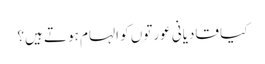
کیا قادیانی عورتوں کو الہام ہوتے ہیں؟